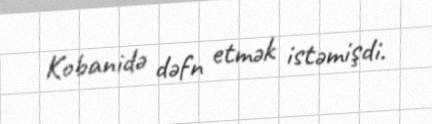
Kobanidə dəfn etmək istəmişdi.